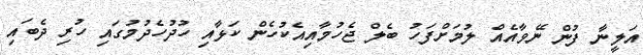
އަލީނާ ފުން ނޭވާއެއް ލުމަށްފަހު ބެލް ޖެހުމާއިއެކުހެން ކަޅާއި ހުދުހެދުމުގައި ހުރި ދެބައި